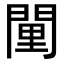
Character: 𨴻